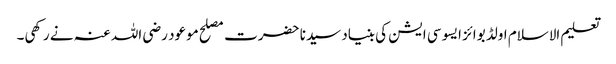
تعلیم الاسلام اولڈ بوائز ایسو سی ایشن کی بنیاد سیدنا حضرت مصلح موعود رضی اللہ عنہ نے رکھی۔